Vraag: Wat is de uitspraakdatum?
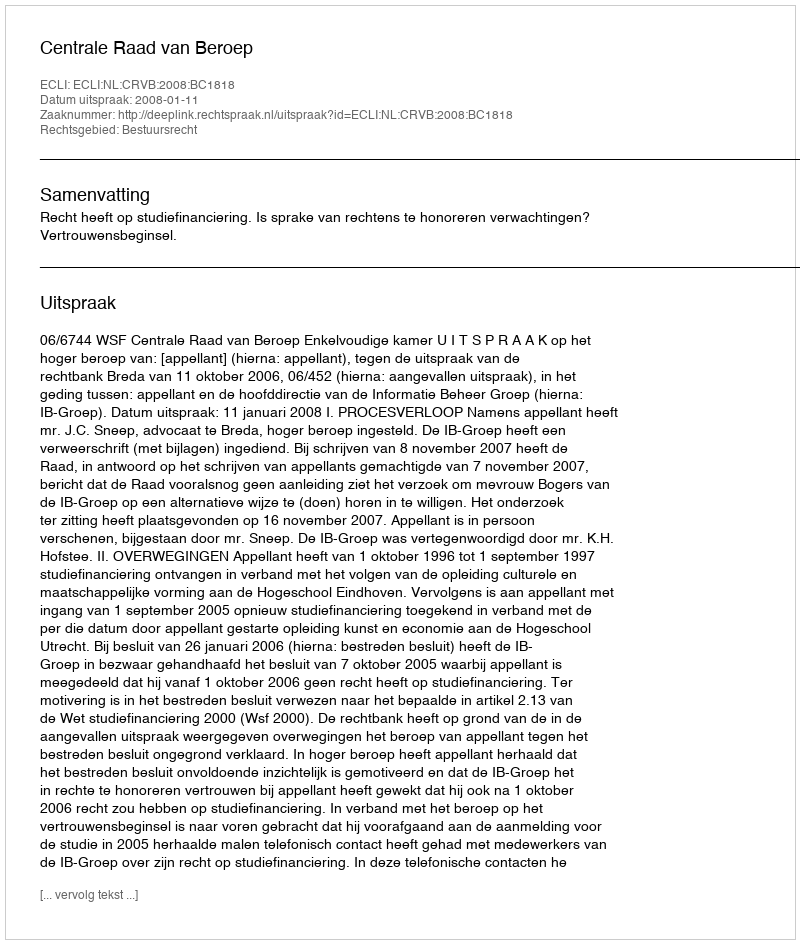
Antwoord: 2008-01-11